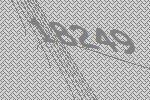
18249